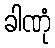
ခါဏုံ